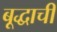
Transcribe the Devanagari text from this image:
बूद्धाची